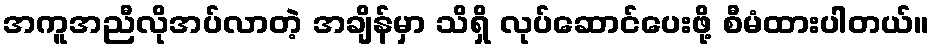
အကူအညီလိုအပ်လာတဲ့ အချိန်မှာ သိရှိ လုပ်ဆောင်ပေးဖို့ စီမံထားပါတယ်။